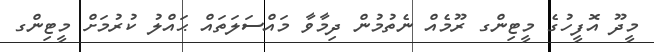
މީދޫ އޮފީހުގެ މީޓިންގ ރޫމެއް ނެތުމުން ދިމާވާ މައްސަލަތައް ޙައްލު ކުރުމަށް މީޓިންގ